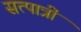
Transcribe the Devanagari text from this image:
सत्पात्रीं